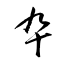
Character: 卆